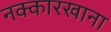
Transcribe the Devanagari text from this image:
नक्कारखाना